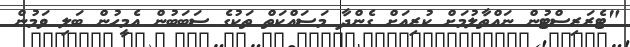
"ޓެރަރިސްޓުން ނައްތާލުމަށް ކުރިއަށް ގެންދާ މަސައްކަތް ތަކުގެ ސަބަބުން އެމީހުން ބަލި ވަމުން